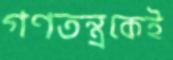
গণতন্ত্রকেই